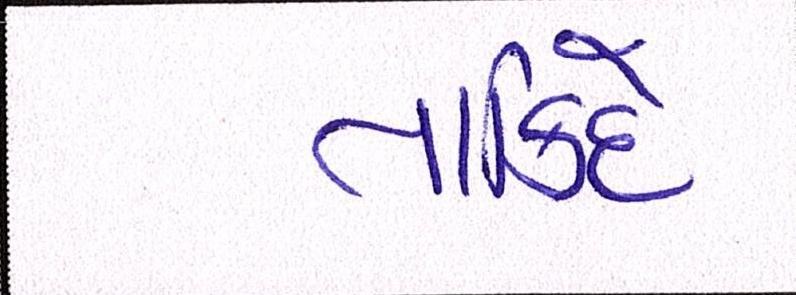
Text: તાકિદે